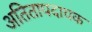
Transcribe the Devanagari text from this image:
अतितापदायक